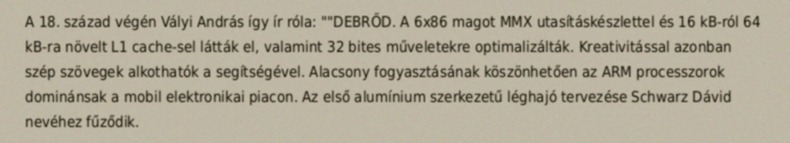
A 18. század végén Vályi András így ír róla: ""DEBRŐD. A 6x86 magot MMX utasításkészlettel és 16 kB-ról 64 kB-ra növelt L1 cache-sel látták el, valamint 32 bites műveletekre optimalizálták. Kreativitással azonban szép szövegek alkothatók a segítségével. Alacsony fogyasztásának köszönhetően az ARM processzorok dominánsak a mobil elektronikai piacon. Az első alumínium szerkezetű léghajó tervezése Schwarz Dávid nevéhez fűződik.